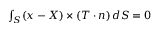
\begin{array} { r } { \int _ { S } ( \boldsymbol { x } - \boldsymbol { X } ) \times ( \boldsymbol { T } \cdot \boldsymbol { n } ) \, d S = \boldsymbol { 0 } } \end{array}